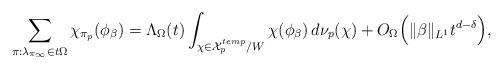
LaTeX: \begin{align*}\sum_{\pi :\lambda_{\pi_{\infty}}\in t\Omega } \chi_{\pi_p}(\phi_\beta) =\Lambda_\Omega(t) \int_{\chi\in \mathcal{X}_p^{temp}/W} \chi(\phi_{\beta})\, d\nu_p(\chi)+O_\Omega \Big(\|\beta\|_{L^1}t^{d-\delta}\Big),\end{align*}